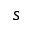
s